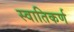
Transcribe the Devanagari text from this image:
स्वातिकर्ण